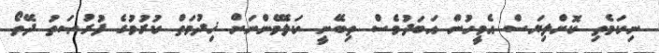
ނިކަމެތި ކޮށްލިޔަސް އެމީހުން އަބަދުވެސް ތިބޭނީ ކަލޭމެންނަށް ޚިދުމަތް ކުރުމުގެ ފުރުޞަތު ދޭތޯ